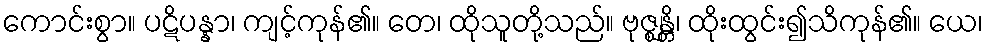
ကောင်းစွာ။ ပဋိပန္နာ၊ ကျင့်ကုန်၏။ တေ၊ ထိုသူတို့သည်။ ဗုဇ္ဈန္တိ၊ ထိုးထွင်း၍သိကုန်၏။ ယေ၊